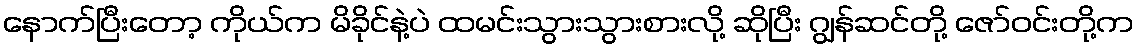
နောက်ပြီးတော့ ကိုယ်က မိခိုင်နဲ့ပဲ ထမင်းသွားသွားစားလို့ ဆိုပြီး ဂျွန်ဆင်တို့ ဇော်ဝင်းတို့က